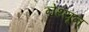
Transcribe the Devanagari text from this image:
नेथ्यून